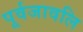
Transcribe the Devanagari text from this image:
पूर्वजावलि